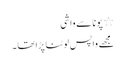
٭ پونا سے واشی
مجھے واپس لوٹنا پڑاتھا ۔